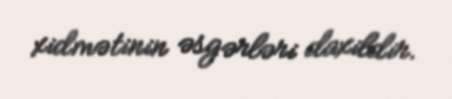
xidmətinin əsgərləri daxildir.